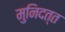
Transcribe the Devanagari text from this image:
मुनिदत्त